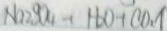
N a _ { 2 } S O _ { 4 } + H _ { 2 } O + C O _ { 2 } \uparrow